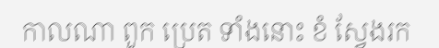
កាលណា ពួក ប្រេត ទាំងនោះ ខំ ស្វែងរក